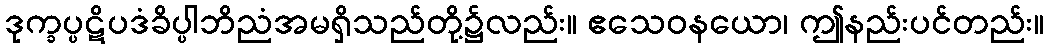
ဒုက္ခပ္ပဋိပဒံခိပ္ပါဘိညံအမရှိသည်တို့၌လည်း။ ဧသေဝနယော၊ ဤနည်းပင်တည်း။